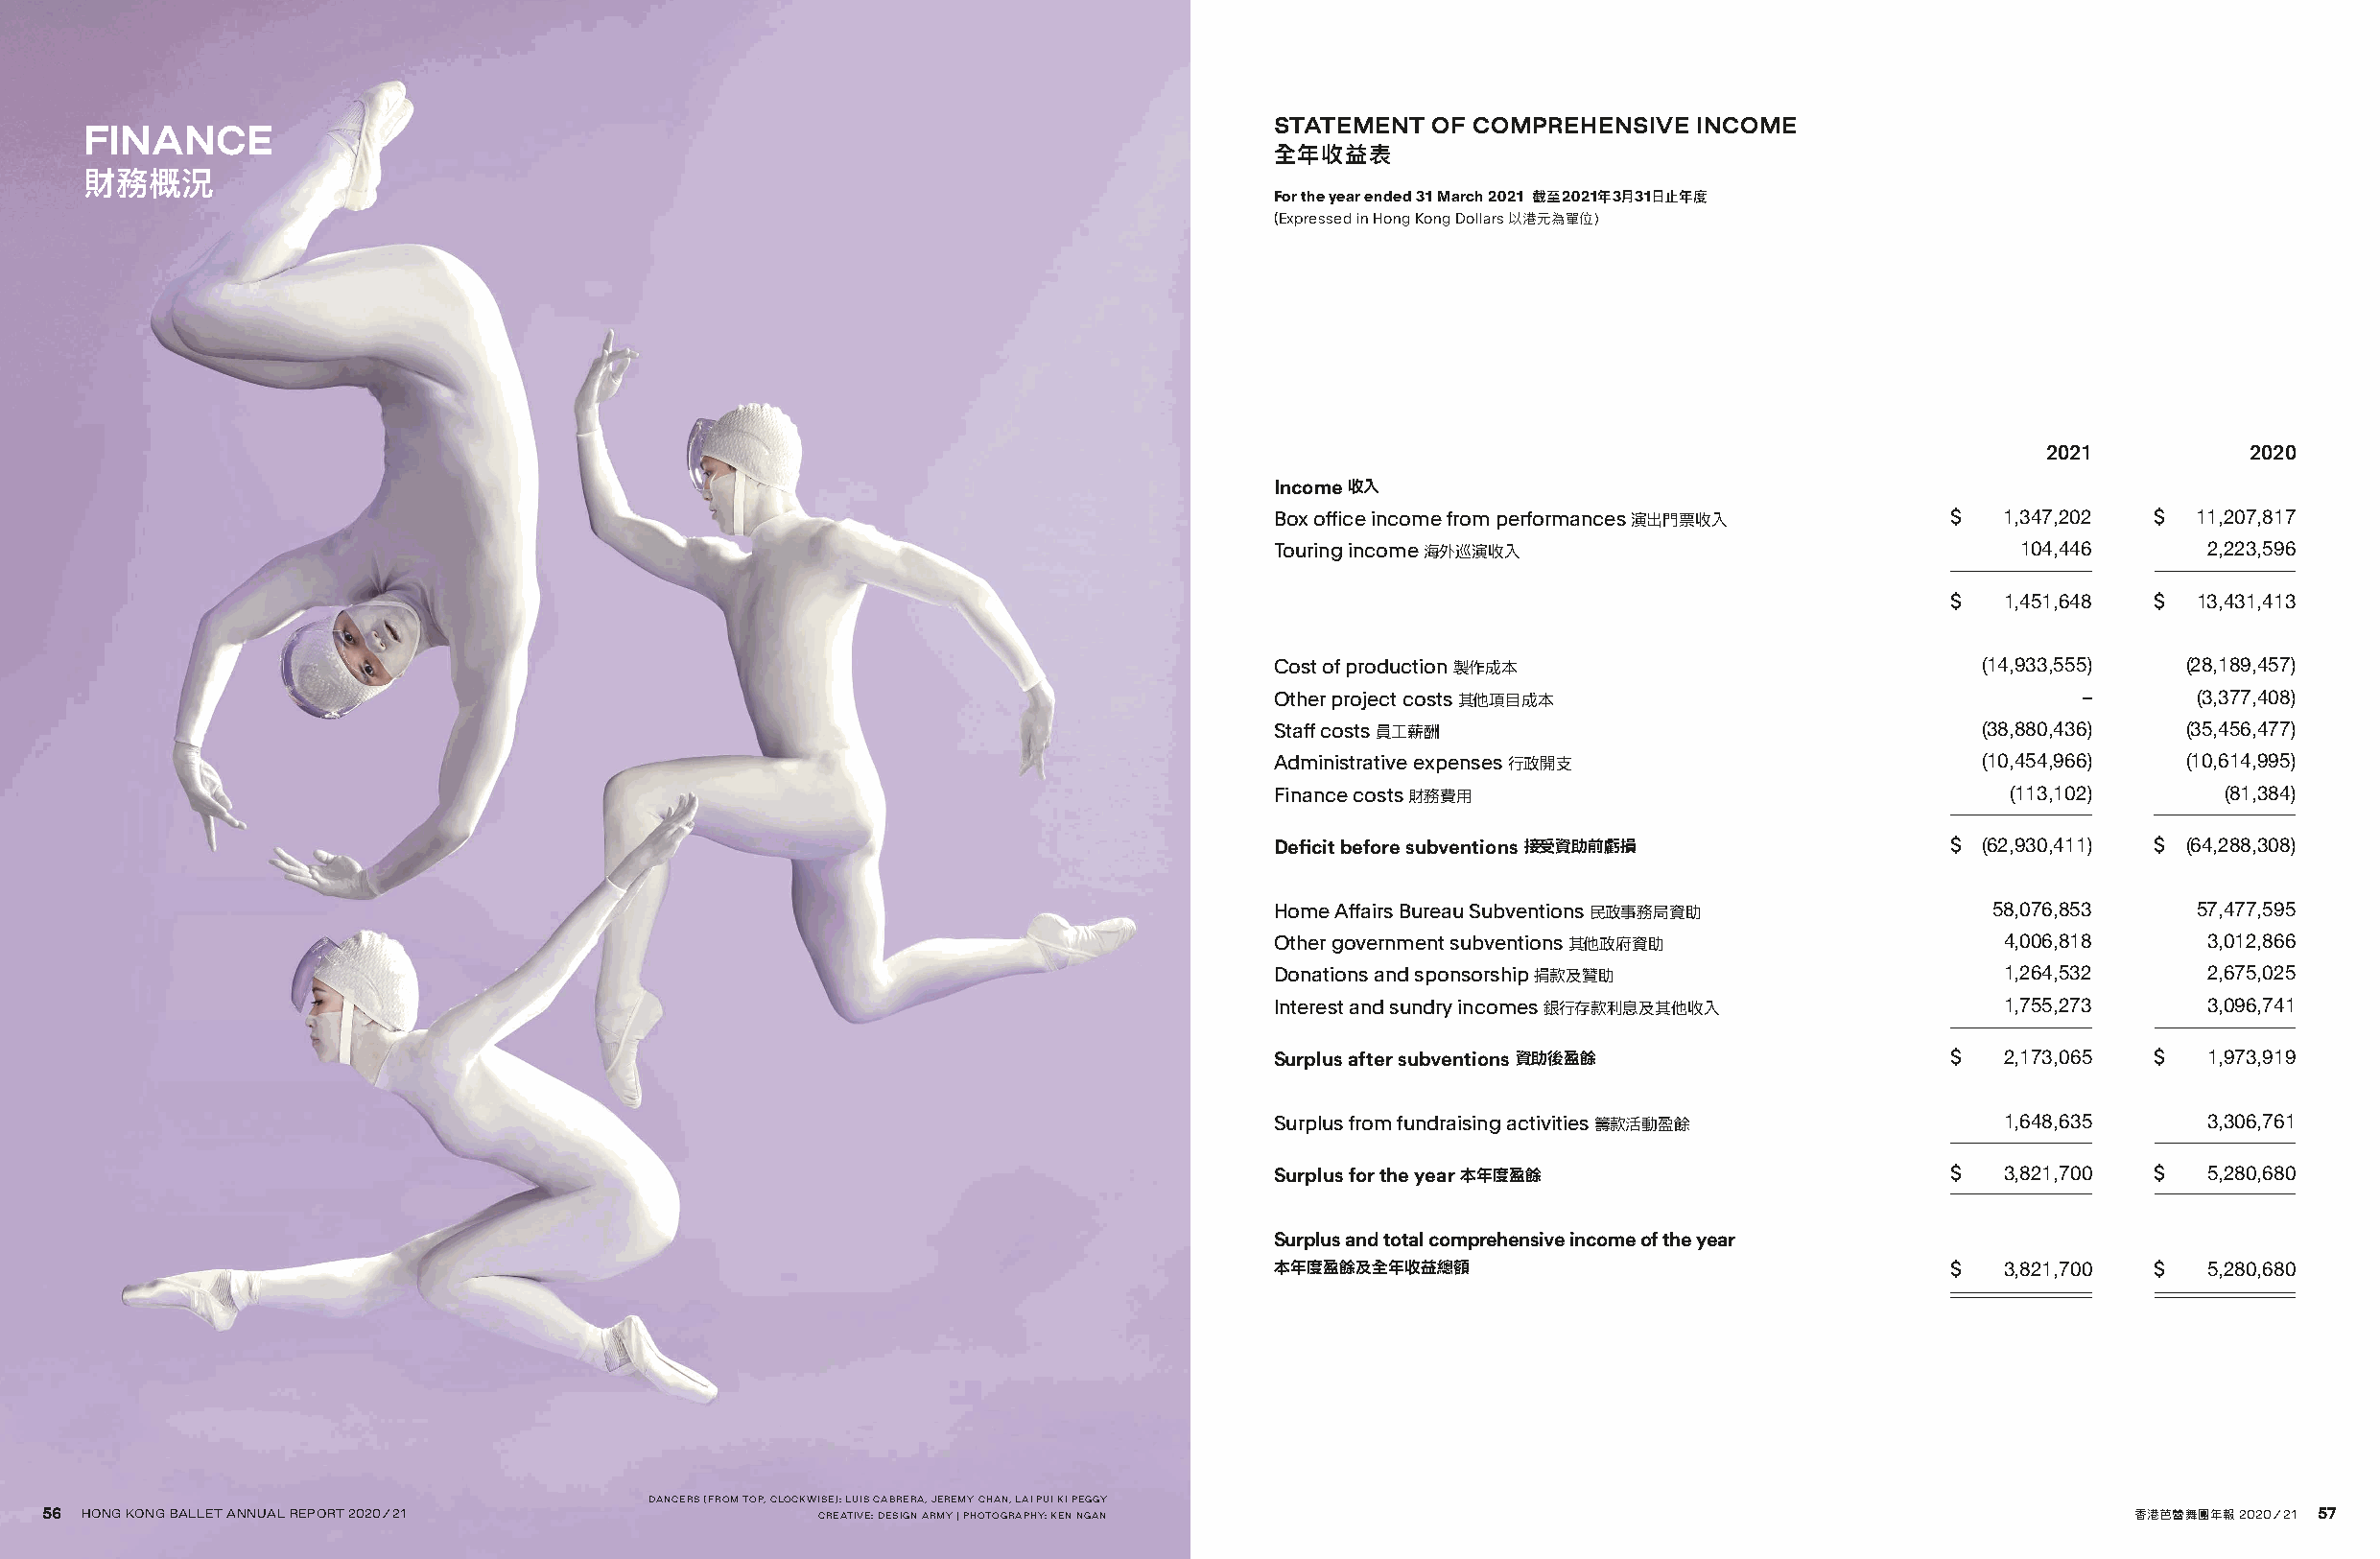
STATEMENT  OF COMPREHENSIVE  INCOME
 FINANCE
 全年收益表
 財務概況
 For the year ended 31 March 2021 截至2021年3月31日止年度
 (Expressed in Hong Kong Dollars 以港元為單位)
 2021          2020
 Income 收入
 Box office income from performances 演出門票收入     $  1,347,202  $  11,207,817
 Touring income 海外巡演收入                              104,446      2,223,596
 $  1,451,648  $  13,431,413
 Cost of production 製作成本                          (14,933,555)  (28,189,457)
 Other project costs 其他項目成本                              –       (3,377,408)
 Staff costs 員工薪酬                                 (38,880,436)  (35,456,477)
 Administrative expenses 行政開支                     (10,454,966)  (10,614,995)
 Finance costs 財務費用                                 (113,102)      (81,384)
 Deficit before subventions 接受資助前虧損             $ (62,930,411) $ (64,288,308)
 Home Affairs Bureau Subventions 民政事務局資助          58,076,853     57,477,595
 Other government subventions 其他政府資助               4,006,818     3,012,866
 Donations and sponsorship 捐款及贊助                   1,264,532     2,675,025
 Interest and sundry incomes 銀行存款利息及其他收入           1,755,273     3,096,741
 Surplus after subventions 資助後盈餘                $  2,173,065  $  1,973,919
 Surplus from fundraising activities 籌款活動盈餘        1,648,635     3,306,761
 Surplus for the year 本年度盈餘                     $  3,821,700  $  5,280,680
 Surplus and total comprehensive income of the year
 本年度盈餘及全年收益總額                                   $  3,821,700  $  5,280,680
 DANCERS (FROM TOP, CLOCKWISE): LUIS CABRERA, JEREMY CHAN, LAI PUI KI PEGGY
 5566 HHOONNGG KKOONNGG BBAALLLLEETT AANNNNUUAALL RREEPPOORRTT 22002200//2211 CREATIVE: DESIGN ARMY | PHOTOGRAPHY: KEN NGAN                      香港芭蕾舞團年報 2020/21 57